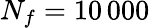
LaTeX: N_{f}=10\, 000